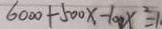
6 0 0 0 + 5 0 0 x - 1 0 0 x ^ { 2 } = 1